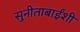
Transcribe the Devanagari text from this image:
सुनीताबाईंशी